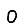
Digit: 0